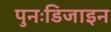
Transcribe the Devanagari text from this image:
पुनःडिजाइन